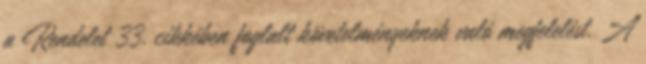
a Rendelet 33. cikkében foglalt követelményeknek való megfelelést. A